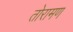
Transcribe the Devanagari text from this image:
तोरामण